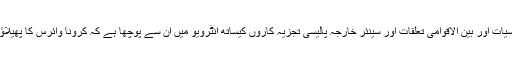
ارنا نمائندے نے دس ممتاز پروفیسرز برائے سیاسیات اور بین الاقوامی تعلقات اور سینئر خارجہ پالیسی تجزیہ کاروں کیساتھ انٹرویو میں ان سے پوچھا ہے کہ کرونا وائرس کا پھیلاؤ کس طرح بین الاقوامی رجحانات پر اثر پڑے گا۔